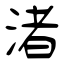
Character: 渚